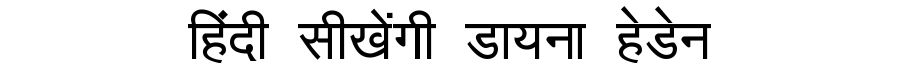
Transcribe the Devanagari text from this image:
हिंदी सीखेंगी डायना हेडेन